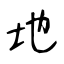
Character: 地